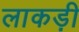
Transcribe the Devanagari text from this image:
लाकड़ी